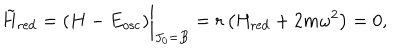
LaTeX: { \tilde { H } } _ { \mathrm { r e d } } = ( H - E _ { \mathrm { o s c } } ) \bigg \vert _ { J _ { 0 } = B } = r \left( H _ { \mathrm { r e d } } + 2 m \omega ^ { 2 } \right) = 0 ,